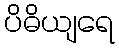
ပိဓိယျရေ